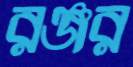
রঞ্জর